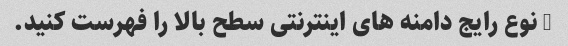
5 نوع رایج دامنه های اینترنتی سطح بالا را فهرست کنید.